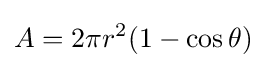
A=2\pi r^{2}(1-\cos \theta )